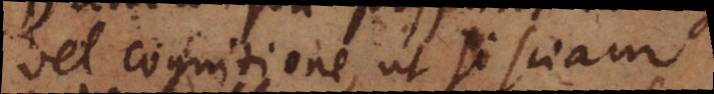
vel cognitione, ut si sciam